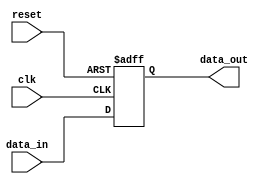
`timescale 1ns / 1ps
//////////////////////////////////////////////////////////////////////////////////
// Company: 
// Engineer: 
// 
// Design Name: 
// Module Name:    REGISTRO_SENCILLO 
// Project Name: 
// Target Devices: 
// Tool versions: 
// Description: 
//
// Dependencies: 
//
// Revision: 
// Revision 0.01 - File Created
// Additional Comments: 
//
//////////////////////////////////////////////////////////////////////////////////
module REGISTRO_SENCILLO(
	input wire clk,
	input wire reset,
	input wire [7:0] data_in,
	output reg [7:0] data_out
   );
	
	always @(posedge clk, posedge reset) begin
      if (reset) begin
         data_out <= 8'b00000000;
      end else begin
			data_out <= data_in;
		end
	end
endmodule